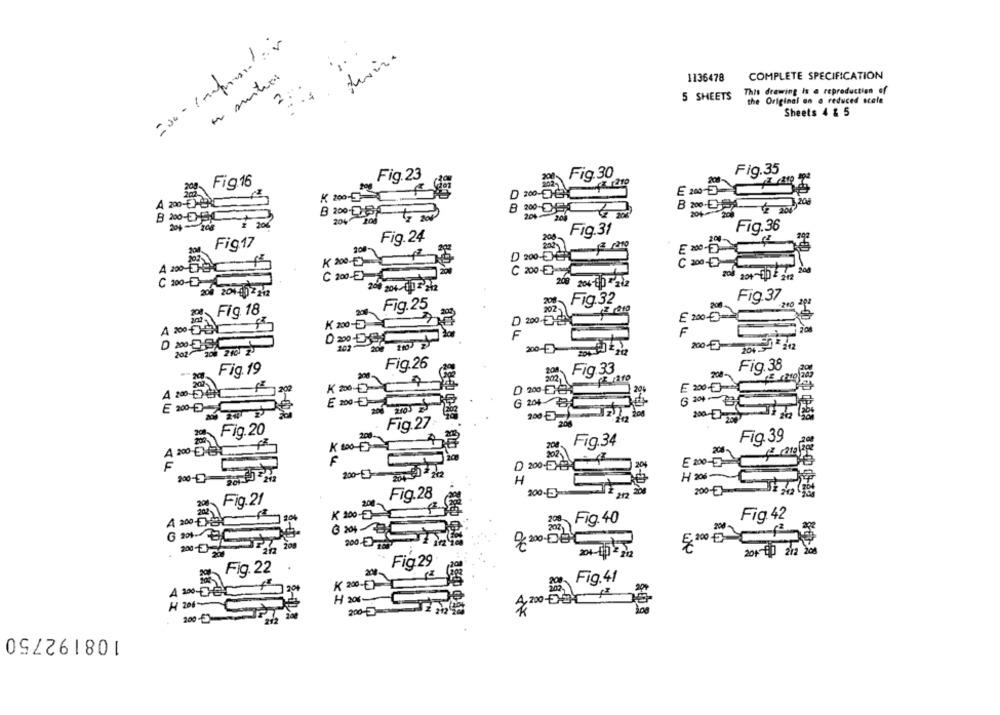
1136478
COMPLETE SPECIFICATION
This drawing is a reproduction of
5 SHEETS
the Original on a reduced scale
Sheets 4 & 5
Fig.35
Fig.23
Fig.30
Fig16
) 200
A 200-DONC
200-DEL
B 200- 200
B 200 DEC
B 200 08 , 200
204 200
Fig.36
Fig.31
Fig.24
Fig17
200
D 200-53-10
C 200 -E-
C 200-E)
204-60 2 212
C 1000
208 204-00-212
200 201412zł
208 204-11 0 5-212
Fig.32
Fig.37
Fig.25
Fig. 18
20002
E 200
K 2000
F
O
Ou
202-200 210
40
202"
200->
200-
Fig.26
Fig.19
Fig.33
Fig. 38
28-
8 1210
A 2000-200
D 200-EC
20%
200 -
200-E
Fig.27
200
Fig.20
Fig.34
Fig. 39
200
A 20DBC
E 200-
F
20%
200-9
200-
H 205-
H
200-5
200-ETT
Fig.28
200
Fig.21
K 200-
z Fig. 40
Fig. 42
2 200BC
1-08
200 0
20160 212 dos
Fig. 22
Fig 29
200-
K 200-
Fig.41
H 206-
108192750